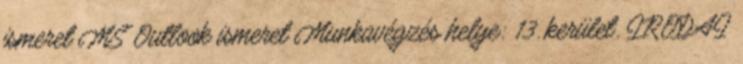
ismeret MS Outlook ismeret Munkavégzés helye: 13. kerület. IRODAI